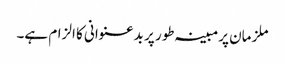
ملزمان پرمبینہ طور پر بدعنوانی کا الزام ہے۔